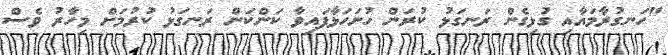
"ހަނގުރާމައާއި ގުޅިގެން ރަނގަޅު ކުރަން ހުށަހަޅާފައިވާ ކަންކަން ރަނގަޅު ކުރުމަށް މިހާރު ވެސް